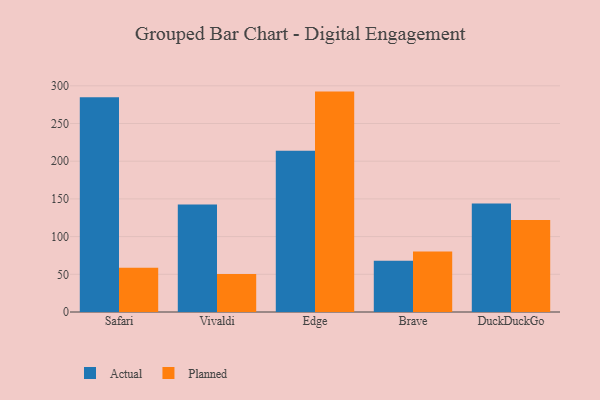
{"axis": {"x": "Browser", "y": "Latency (ms)"}, "legend": ["Actual", "Planned"], "data": [{"x": "Safari", "y": 284.9, "type": "Actual"}, {"x": "Safari", "y": 58.8, "type": "Planned"}, {"x": "Vivaldi", "y": 142.5, "type": "Actual"}, {"x": "Vivaldi", "y": 50.5, "type": "Planned"}, {"x": "Edge", "y": 213.7, "type": "Actual"}, {"x": "Edge", "y": 292.3, "type": "Planned"}, {"x": "Brave", "y": 68.0, "type": "Actual"}, {"x": "Brave", "y": 80.3, "type": "Planned"}, {"x": "DuckDuckGo", "y": 144.0, "type": "Actual"}, {"x": "DuckDuckGo", "y": 122.1, "type": "Planned"}]}